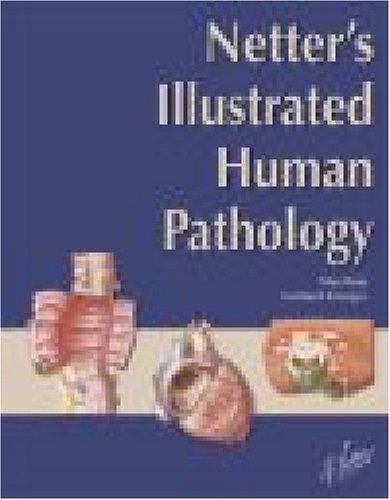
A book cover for Netter's Illustrated Human Pathology, 1e (Netter Basic Science); L. Maximilian Buja MD; Medical Books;